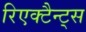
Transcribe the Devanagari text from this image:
रिएक्टैन्ट्स